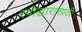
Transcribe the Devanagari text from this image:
स्वोद्धारासाठी